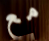
مع